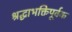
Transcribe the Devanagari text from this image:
श्रद्धाभक्तिपूर्वक